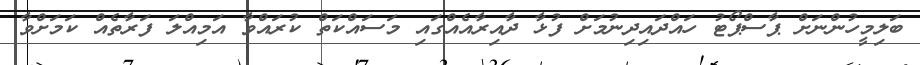
ބަލިމީހުންނަށް ޕާސްޕޯޓު ހައްދައިދިނުމަށް ފުޅާ ދާއިރާއެއްގައި މަސައްކަތް ކުރައްވާ އަމިއްލަ ފަރާތެއް ކަމަށްވާ